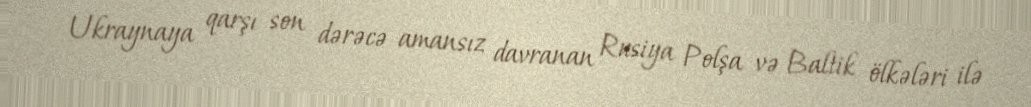
Ukraynaya qarşı son dərəcə amansız davranan Rusiya Polşa və Baltik ölkələri ilə